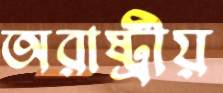
অরাষ্ট্রীয়